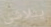
يتلاشى